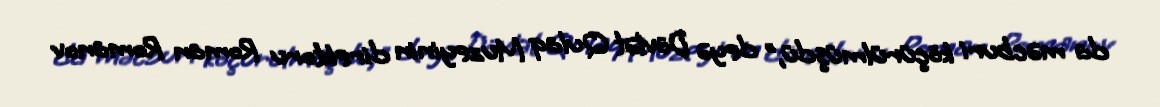
da məcburi köçürülmüşdü,” deyə Dövlət Qulaq Muzeyinin direktoru Roman Romanov